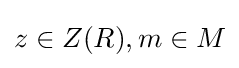
z\in Z(R),m\in M